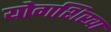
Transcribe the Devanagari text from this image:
योगशिखा